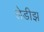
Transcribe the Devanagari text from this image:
लेडीझ